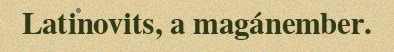
Latinovits, a magánember.